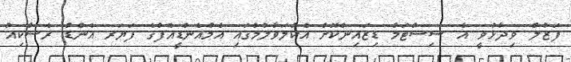
ފަޒުލް ވިދާޅުވީ އެ ސިސްޓަމް ޑިޒައިންކޮށް އެކުލަވާލުމުގައި އެމްއެންޑީއެފްގެ ފަޔަރ އެންޑް ރެސްކިއު